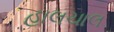
હાલચાલ